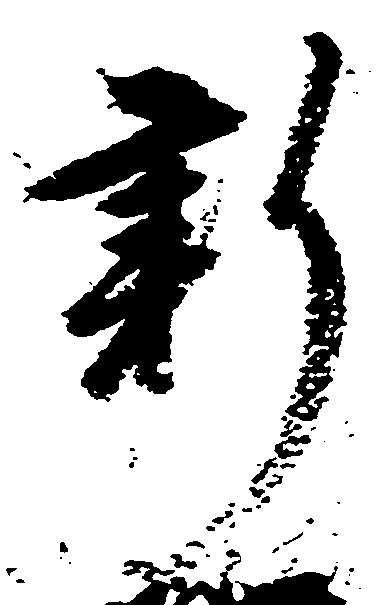
新